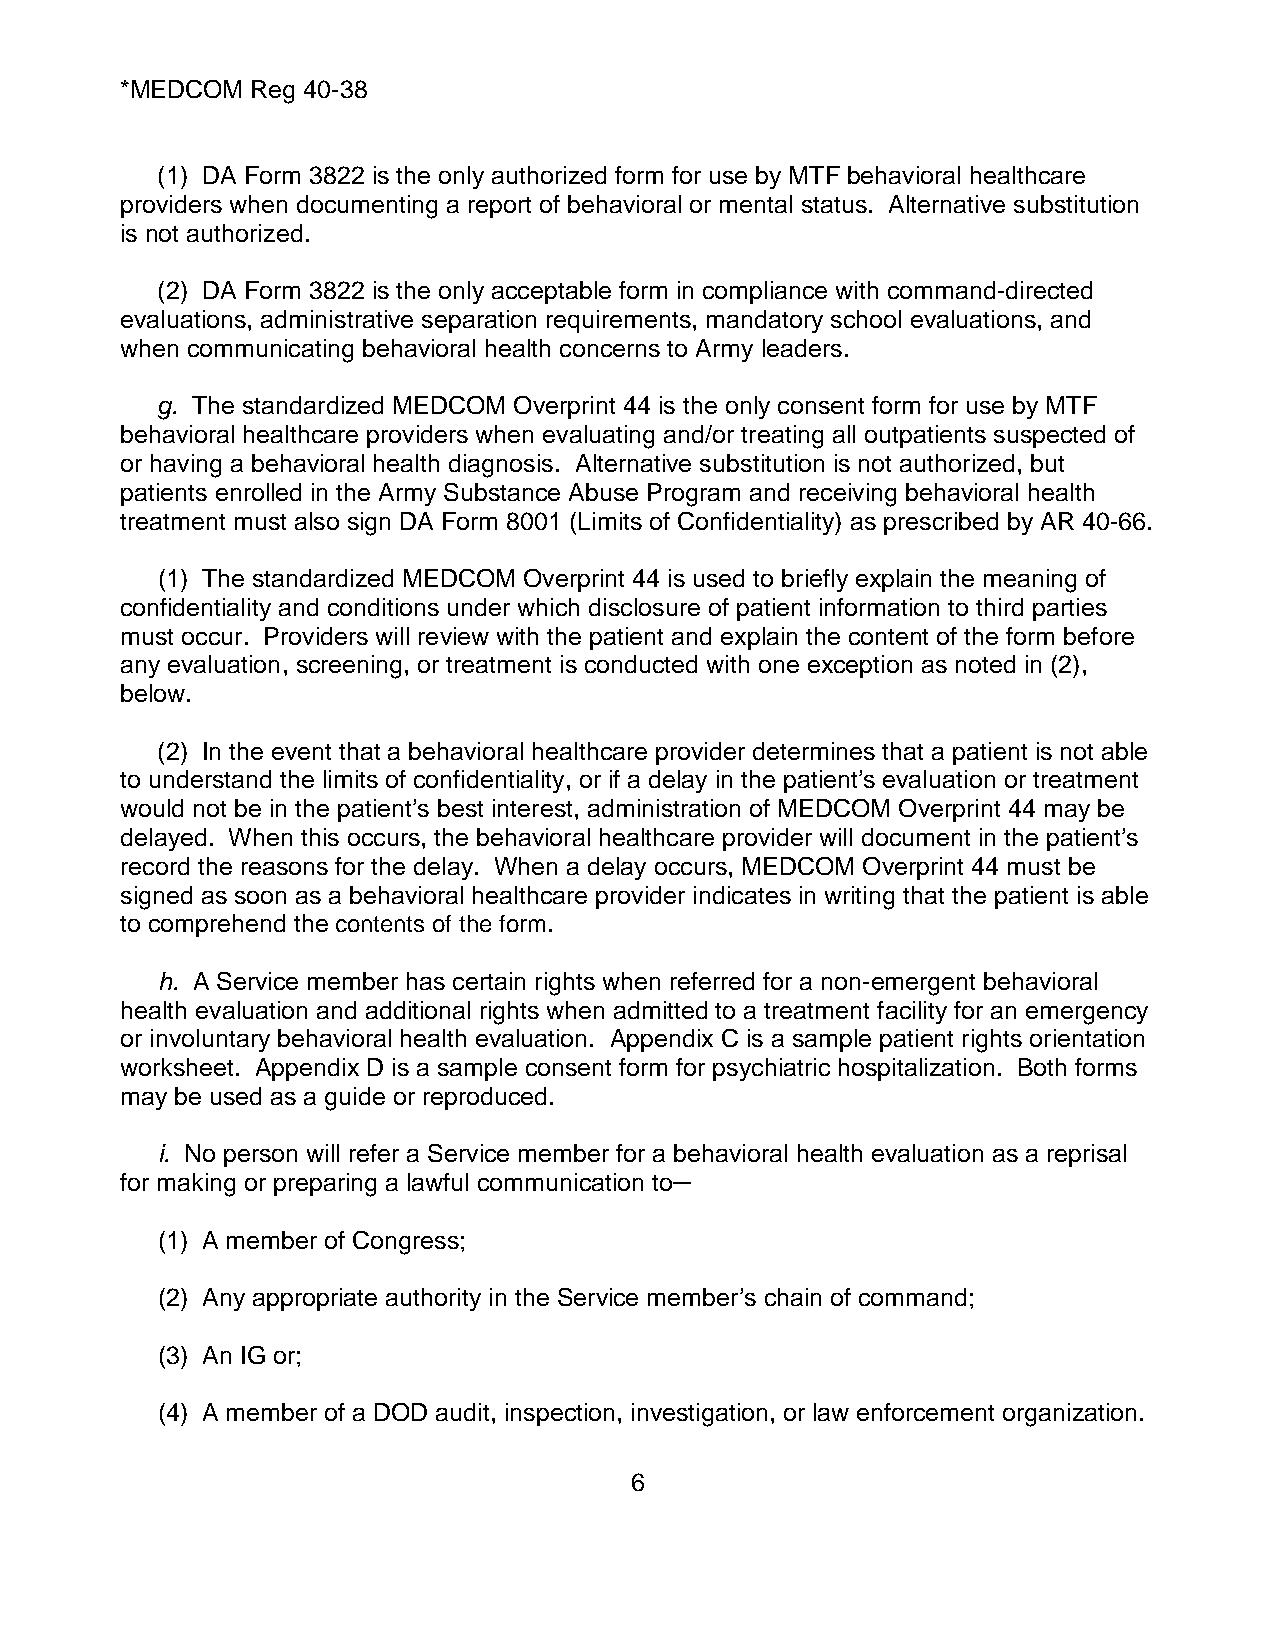
*MEDCOM  Reg 40-38
 (1) DA Form 3822 is the only authorized form for use by MTF behavioral healthcare
 providers when documenting a report of behavioral or mental status. Alternative substitution
 is not authorized.
 (2) DA Form 3822 is the only acceptable form in compliance with command-directed
 evaluations, administrative separation requirements, mandatory school evaluations, and
 when communicating behavioral health concerns to Army leaders.
 g. The standardized MEDCOM Overprint 44 is the only consent form for use by MTF
 behavioral healthcare providers when evaluating and/or treating all outpatients suspected of
 or having a behavioral health diagnosis. Alternative substitution is not authorized, but
 patients enrolled in the Army Substance Abuse Program and receiving behavioral health
 treatment must also sign DA Form 8001 (Limits of Confidentiality) as prescribed by AR 40-66.
 (1) The standardized MEDCOM Overprint 44 is used to briefly explain the meaning of
 confidentiality and conditions under which disclosure of patient information to third parties
 must occur. Providers will review with the patient and explain the content of the form before
 any evaluation, screening, or treatment is conducted with one exception as noted in (2),
 below.
 (2) In the event that a behavioral healthcare provider determines that a patient is not able
 to understand the limits of confidentiality, or if a delay in the patient’s evaluation or treatment
 would not be in the patient’s best interest, administration of MEDCOM Overprint 44 may be
 delayed. When this occurs, the behavioral healthcare provider will document in the patient’s
 record the reasons for the delay. When a delay occurs, MEDCOM Overprint 44 must be
 signed as soon as a behavioral healthcare provider indicates in writing that the patient is able
 to comprehend the contents of the form.
 h. A Service member has certain rights when referred for a non-emergent behavioral
 health evaluation and additional rights when admitted to a treatment facility for an emergency
 or involuntary behavioral health evaluation. Appendix C is a sample patient rights orientation
 worksheet. Appendix D is a sample consent form for psychiatric hospitalization. Both forms
 may be used as a guide or reproduced.
 i. No person will refer a Service member for a behavioral health evaluation as a reprisal
 for making or preparing a lawful communication to─
 (1) A member of Congress;
 (2) Any appropriate authority in the Service member’s chain of command;
 (3) An IG or;
 (4) A member of a DOD audit, inspection, investigation, or law enforcement organization.
 6